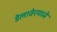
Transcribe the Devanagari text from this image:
डेलावेरमध्ये